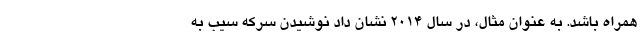
همراه باشد. به عنوان مثال، در سال 2014 نشان داد نوشیدن سرکه سیب به